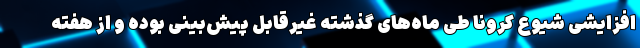
افزایشی شیوع کرونا طی ماه‌های گذشته غیرقابل پیش‌بینی بوده و از هفته